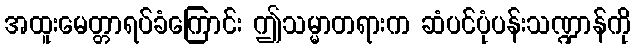
အထူးမေတ္တာရပ်ခံကြောင်း ဤသမ္မာတရားက ဆံပင်ပုံပန်းသဏ္ဍာန်ကို